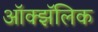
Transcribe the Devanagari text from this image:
ऑक्झॅलिक